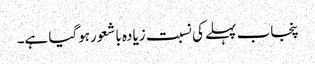
پنجاب پہلے کی نسبت زیادہ باشعورہوگیا ہے۔